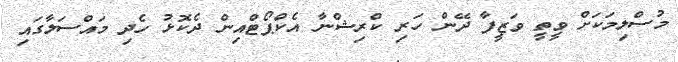
މުސްލިމަކަށް ވީތީ ވަޒީފާ ދޭން ހަރި ކްރިޝްނާ އެކްޕޯޓްއިން ދެކޮޅު ހެދި މައްސަލާގައި